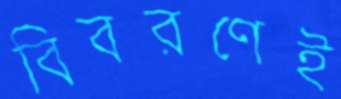
বিবরণেই